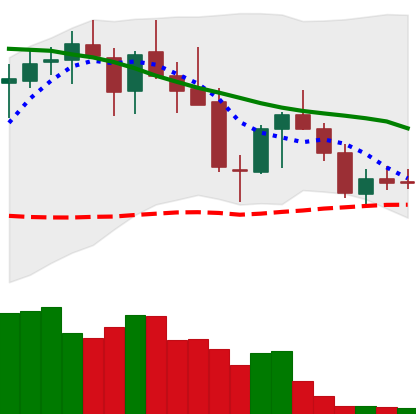
Ticker: LINK-USD
Chart end date: 2018-05-20
Forward return: -24.345%
Label: down_7plus